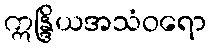
ဣန္ဒြိယအသံဝရော